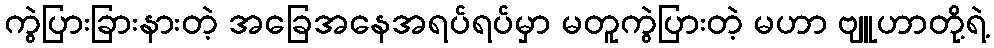
ကွဲပြားခြားနားတဲ့ အခြေအနေအရပ်ရပ်မှာ မတူကွဲပြားတဲ့ မဟာ ဗျူဟာတို့ရဲ့